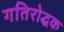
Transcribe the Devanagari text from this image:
गतिरोद्धक